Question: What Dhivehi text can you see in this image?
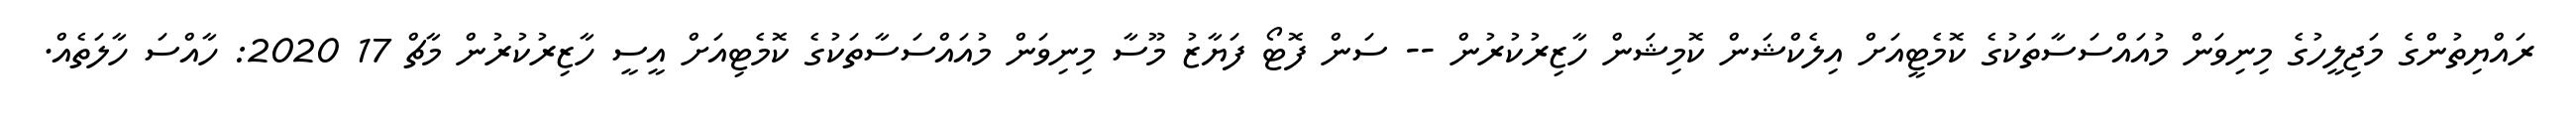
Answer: ރައްޔިތުންގެ މަޖިލީހުގެ މިނިވަން މުއައްސަސާތަކުގެ ކޮމެޓީއަށް އިލެކްޝަން ކޮމިޝަން ހާޒިރުކުރުން -- ސަން ފޮޓޯ ފަޔާޒު މޫސާ މިނިވަން މުއައްސަސާތަކުގެ ކޮމެޓިއަށް އީސީ ހާޒިރުކުރުން މާޗް 17 2020: ހާއްސަ ހާލަތެއް.